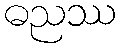
ဓညဿ